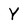
Character: Y